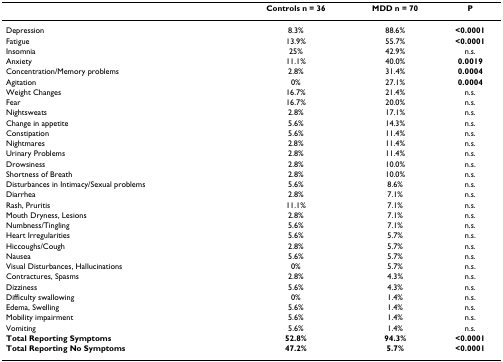
<table><thead><tr><td></td><td><b>Controls n = 36</b></td><td><b>MDD n = 70</b></td><td><b>P</b></td></tr></thead><tbody><tr><td>Depression</td><td>8.3%</td><td>88.6%</td><td><b>&lt;0.0001</b></td></tr><tr><td>Fatigue</td><td>13.9%</td><td>55.7%</td><td><b>&lt;0.0001</b></td></tr><tr><td>Insomnia</td><td>25%</td><td>42.9%</td><td>n.s.</td></tr><tr><td>Anxiety</td><td>11.1%</td><td>40.0%</td><td><b>0.0019</b></td></tr><tr><td>Concentration/Memory problems</td><td>2.8%</td><td>31.4%</td><td><b>0.0004</b></td></tr><tr><td>Agitation</td><td>0%</td><td>27.1%</td><td><b>0.0004</b></td></tr><tr><td>Weight Changes</td><td>16.7%</td><td>21.4%</td><td>n.s.</td></tr><tr><td>Fear</td><td>16.7%</td><td>20.0%</td><td>n.s.</td></tr><tr><td>Nightsweats</td><td>2.8%</td><td>17.1%</td><td>n.s.</td></tr><tr><td>Change in appetite</td><td>5.6%</td><td>14.3%</td><td>n.s.</td></tr><tr><td>Constipation</td><td>5.6%</td><td>11.4%</td><td>n.s.</td></tr><tr><td>Nightmares</td><td>2.8%</td><td>11.4%</td><td>n.s.</td></tr><tr><td>Urinary Problems</td><td>2.8%</td><td>11.4%</td><td>n.s.</td></tr><tr><td>Drowsiness</td><td>2.8%</td><td>10.0%</td><td>n.s.</td></tr><tr><td>Shortness of Breath</td><td>2.8%</td><td>10.0%</td><td>n.s.</td></tr><tr><td>Disturbances in Intimacy/Sexual problems</td><td>5.6%</td><td>8.6%</td><td>n.s.</td></tr><tr><td>Diarrhea</td><td>2.8%</td><td>7.1%</td><td>n.s.</td></tr><tr><td>Rash, Pruritis</td><td>11.1%</td><td>7.1%</td><td>n.s.</td></tr><tr><td>Mouth Dryness, Lesions</td><td>2.8%</td><td>7.1%</td><td>n.s.</td></tr><tr><td>Numbness/Tingling</td><td>5.6%</td><td>7.1%</td><td>n.s.</td></tr><tr><td>Heart Irregularities</td><td>5.6%</td><td>5.7%</td><td>n.s.</td></tr><tr><td>Hiccoughs/Cough</td><td>2.8%</td><td>5.7%</td><td>n.s.</td></tr><tr><td>Nausea</td><td>5.6%</td><td>5.7%</td><td>n.s.</td></tr><tr><td>Visual Disturbances, Hallucinations</td><td>0%</td><td>5.7%</td><td>n.s.</td></tr><tr><td>Contractures, Spasms</td><td>2.8%</td><td>4.3%</td><td>n.s.</td></tr><tr><td>Dizziness</td><td>5.6%</td><td>4.3%</td><td>n.s.</td></tr><tr><td>Difficulty swallowing</td><td>0%</td><td>1.4%</td><td>n.s.</td></tr><tr><td>Edema, Swelling</td><td>5.6%</td><td>1.4%</td><td>n.s.</td></tr><tr><td>Mobility impairment</td><td>5.6%</td><td>1.4%</td><td>n.s.</td></tr><tr><td>Vomiting</td><td>5.6%</td><td>1.4%</td><td>n.s.</td></tr><tr><td><b>Total Reporting Symptoms</b></td><td><b>52.8%</b></td><td><b>94.3%</b></td><td><b>&lt;0.0001</b></td></tr><tr><td><b>Total Reporting No Symptoms</b></td><td><b>47.2%</b></td><td><b>5.7%</b></td><td><b>&lt;0.0001</b></td></tr></tbody></table>